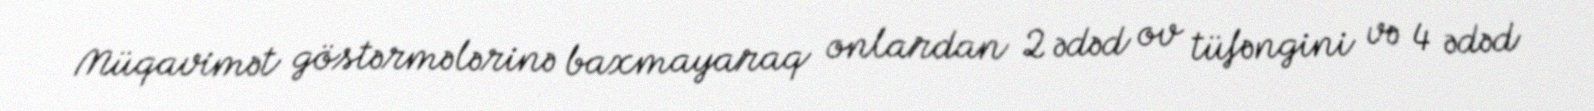
Müqavimət göstərmələrinə baxmayaraq onlardan 2 ədəd ov tüfəngini və 4 ədəd